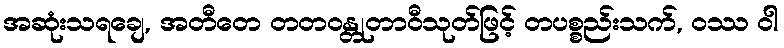
အဆုံးသရချေ, အတီတေ တတဝန္တုတာဝီသုတ်ဖြင့် တပစ္စည်းသက်, ဝဿ ဝါ